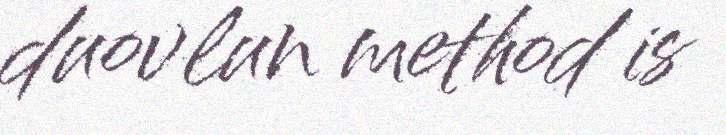
duovlun method is